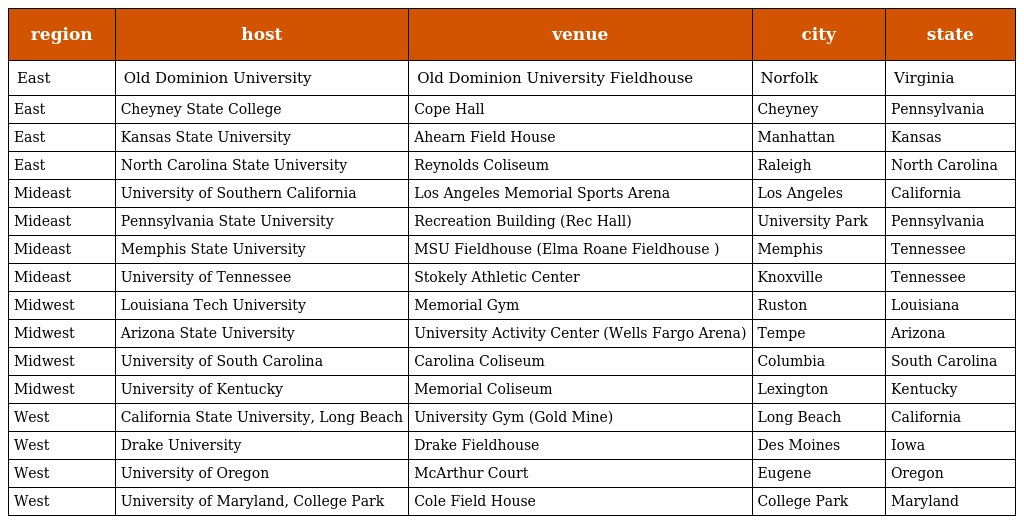
| region | host | venue | city | state |
 | --- | --- | --- | --- | --- |
 | East | Old Dominion University | Old Dominion University Fieldhouse | Norfolk | Virginia |
 | East | Cheyney State College | Cope Hall | Cheyney | Pennsylvania |
 | East | Kansas State University | Ahearn Field House | Manhattan | Kansas |
 | East | North Carolina State University | Reynolds Coliseum | Raleigh | North Carolina |
 | Mideast | University of Southern California | Los Angeles Memorial Sports Arena | Los Angeles | California |
 | Mideast | Pennsylvania State University | Recreation Building (Rec Hall) | University Park | Pennsylvania |
 | Mideast | Memphis State University | MSU Fieldhouse (Elma Roane Fieldhouse ) | Memphis | Tennessee |
 | Mideast | University of Tennessee | Stokely Athletic Center | Knoxville | Tennessee |
 | Midwest | Louisiana Tech University | Memorial Gym | Ruston | Louisiana |
 | Midwest | Arizona State University | University Activity Center (Wells Fargo Arena) | Tempe | Arizona |
 | Midwest | University of South Carolina | Carolina Coliseum | Columbia | South Carolina |
 | Midwest | University of Kentucky | Memorial Coliseum | Lexington | Kentucky |
 | West | California State University, Long Beach | University Gym (Gold Mine) | Long Beach | California |
 | West | Drake University | Drake Fieldhouse | Des Moines | Iowa |
 | West | University of Oregon | McArthur Court | Eugene | Oregon |
 | West | University of Maryland, College Park | Cole Field House | College Park | Maryland |